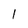
Character: 1